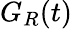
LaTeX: G_{R}(t)